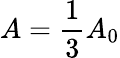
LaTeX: A=\frac{1}{3}A_{0}